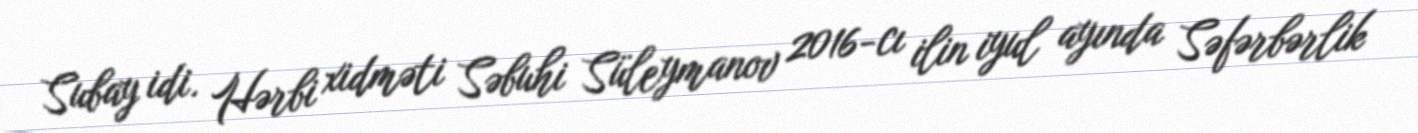
Subay idi. Hərbi xidməti Səbuhi Süleymanov 2016-cı ilin iyul ayında Səfərbərlik